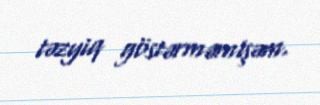
təzyiq göstərməmişəm.